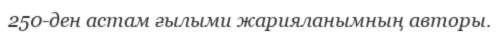
250-ден астам ғылыми жарияланымның авторы.